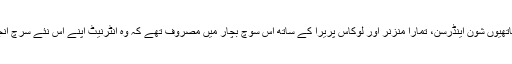
ایک روز وہ اپنے ساتھیوں شون اینڈرسن، تمارا منزنر اور لوکاس پریرا کے ساتھ اس سوچ بچار میں مصروف تھے کہ وہ انٹرنیٹ اپنے اس نئے سرچ انجن کا نام کیا رکھیں۔